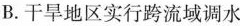
B.干旱地区实行跨流域调水